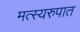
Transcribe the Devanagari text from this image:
मत्स्यरुपात